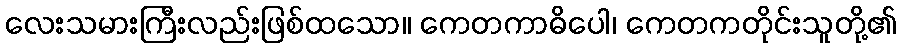
လေးသမားကြီးလည်းဖြစ်ထသော။ ကေတကာဓိပေါ၊ ကေတကတိုင်းသူတို့၏